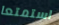
استمتعا